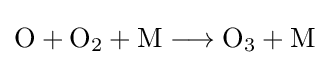
{\mathrm {O} {}+{}\mathrm {O} {\vphantom {A}}_{\smash[{t}]{2}}{}+{}\mathrm {M} {}\mathrel {\longrightarrow } {}\mathrm {O} {\vphantom {A}}_{\smash[{t}]{3}}{}+{}\mathrm {M} }